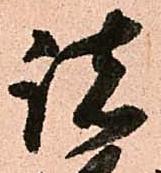
諸